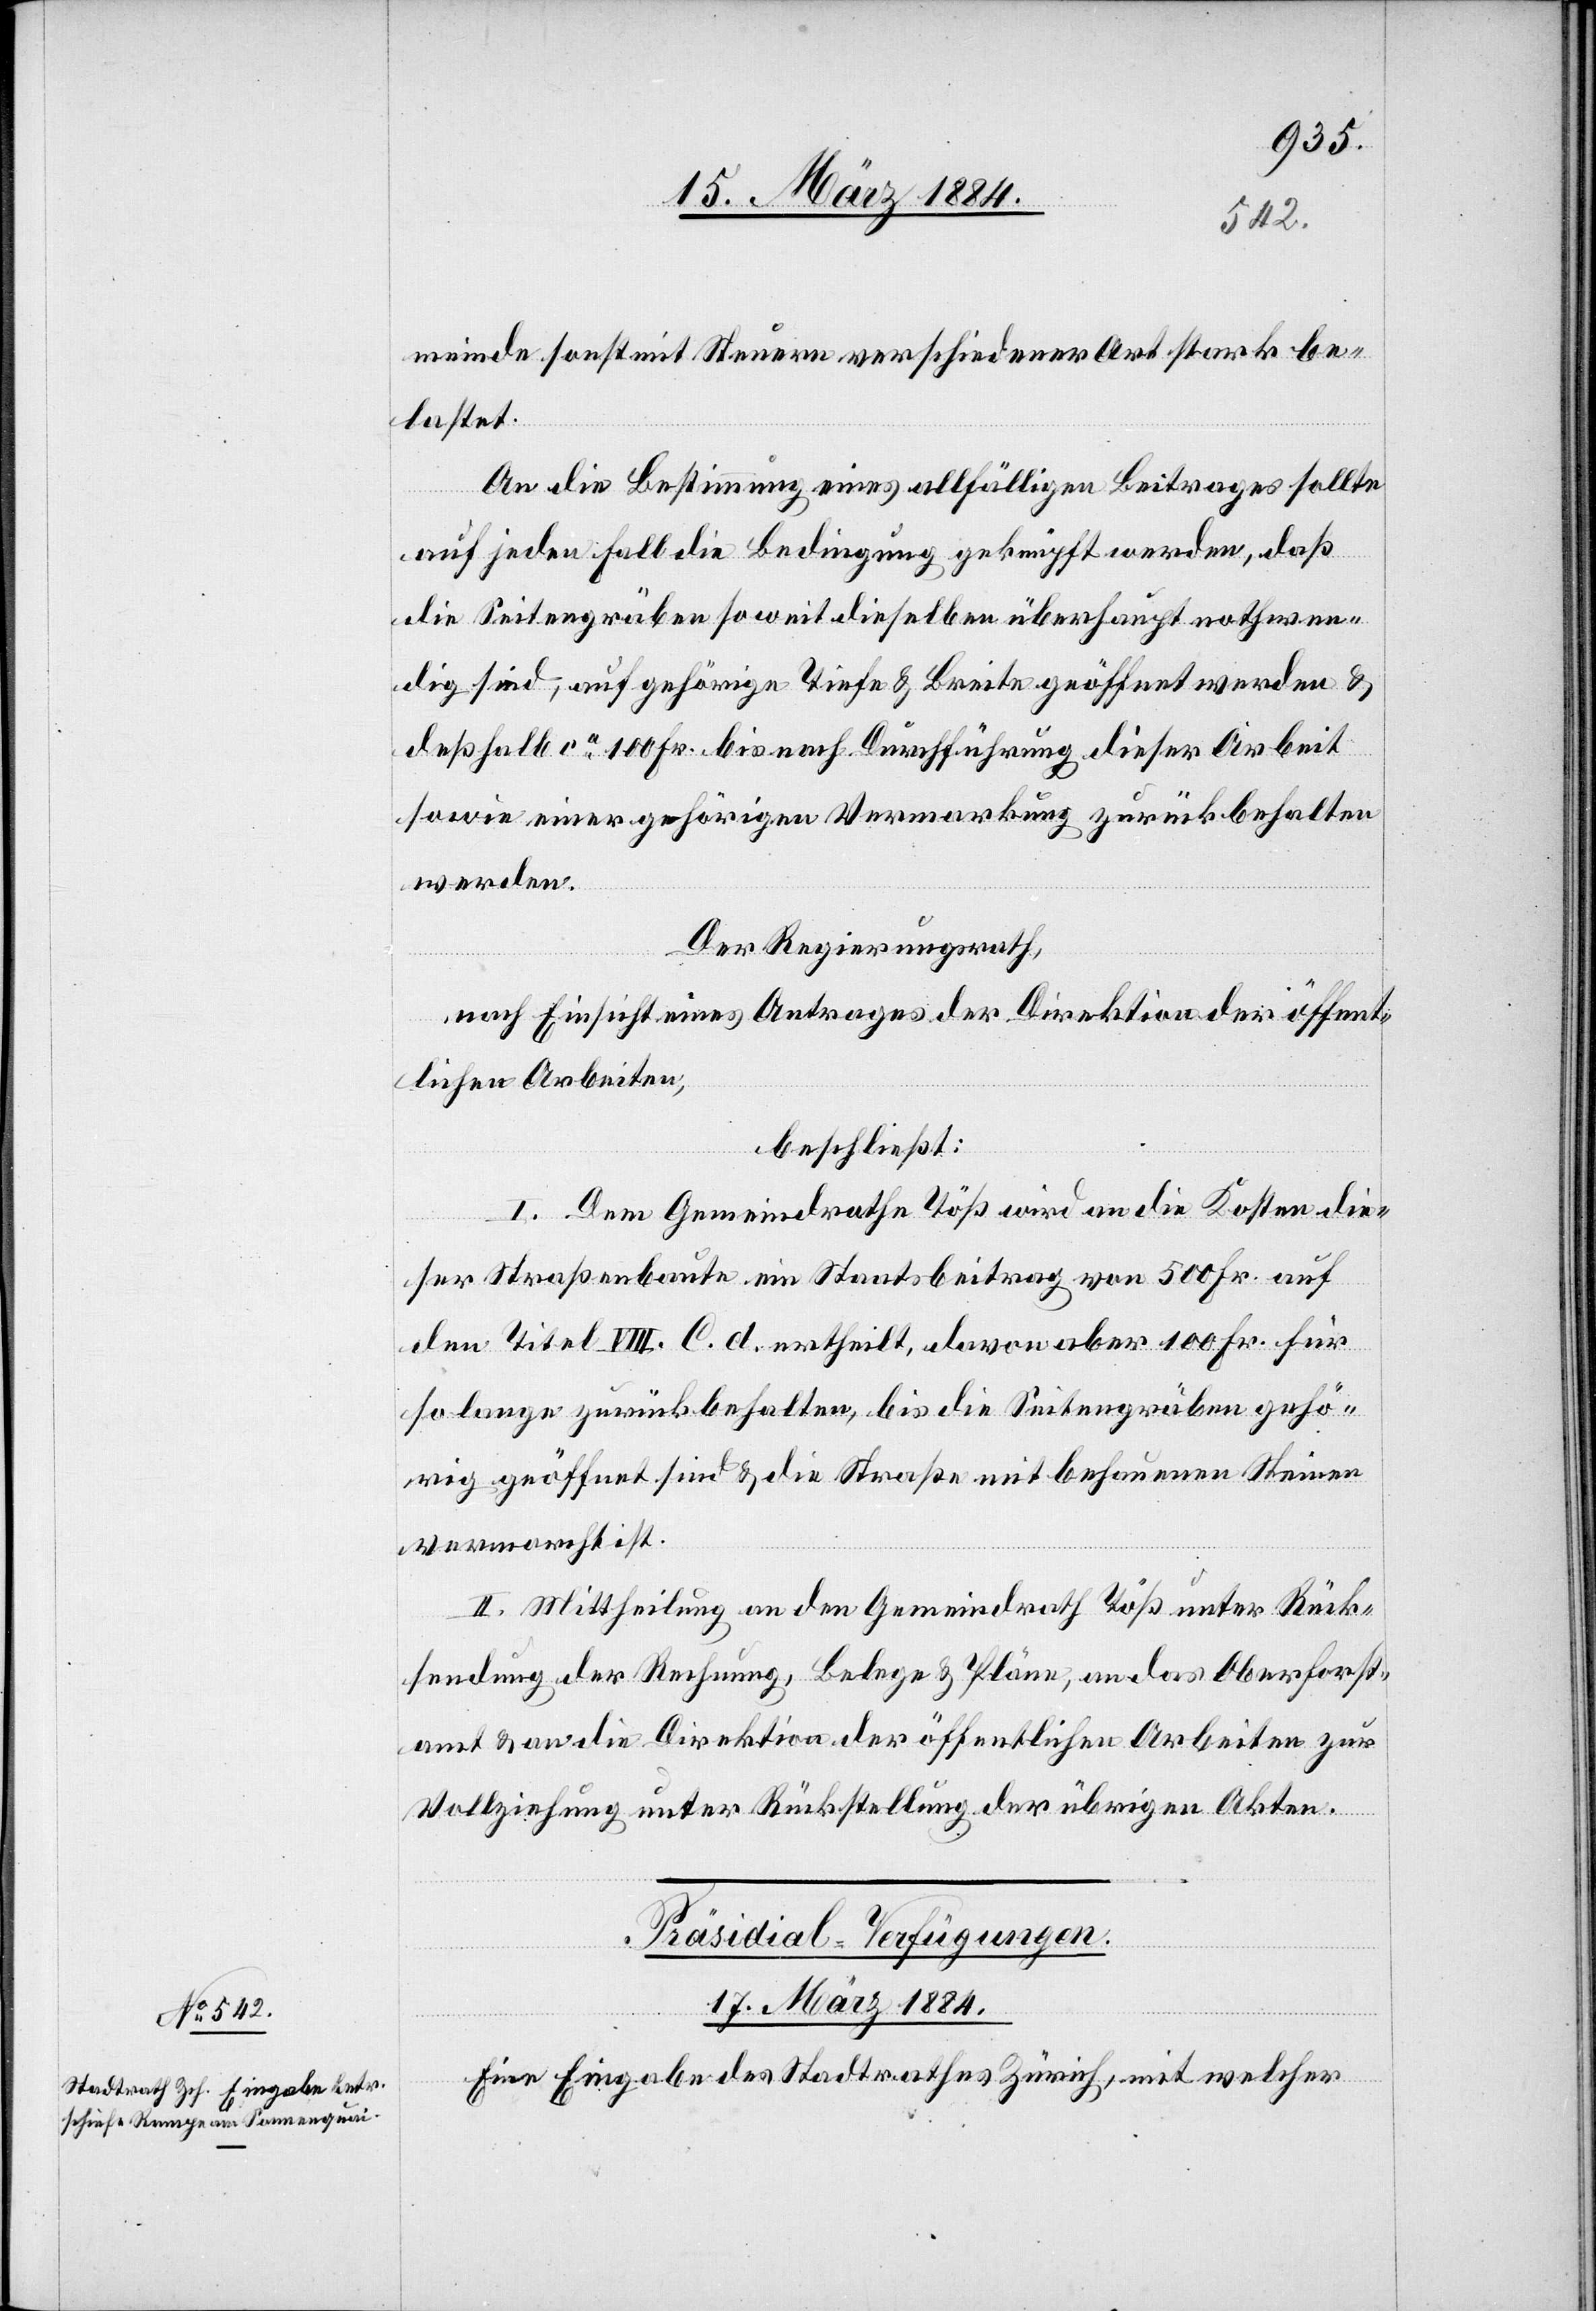
meinde sonst mit Steuern verschiedener Art stark be¬
lastet.
An die Bestimmung eines allfälligen Beitrages sollte
auf jeden Fall die Bedingung geknüpft werden, daß
die Seitengräben soweit dieselben überhaupt nothwen¬
dig sind, auf gehörige Tiefe & Breite geöffnet werden &
deßhalb ca 100 Fr. bis nach Durchführung dieser Arbeit
sowie einer gehörigen Vermarkung zurückbehalten
werden.
Der Regierungsrath,
nach Einsicht eines Antrages der Direktion der öffent¬
lichen Arbeiten,
beschließt:
I. Dem Gemeindrath Töß wird an die Kosten die¬
ser Straßenbaute ein Staatsbeitrag von 500 Fr. auf
den Titel VIII. C. d ertheilt, davon aber 100 Fr. für
so lange zurückbehalten, bis die Seitengräben gehö¬
rig geöffnet sind & die Straße mit behauenen Steinen
vermarcht ist.
II. Mittheilung an den Gemeindrath Töß unter Rück¬
stellung der Rechnung, Belege & Pläne, an das Oberforst¬
amt & an die Direktion der öffentlichen Arbeiten zur
Vollziehung unter Rückstellung der übrigen Akten.
Präsidial-Verfügungen.
17. März 1884.
Eine Eingabe des Stadtrathes Zürich, mit welcher